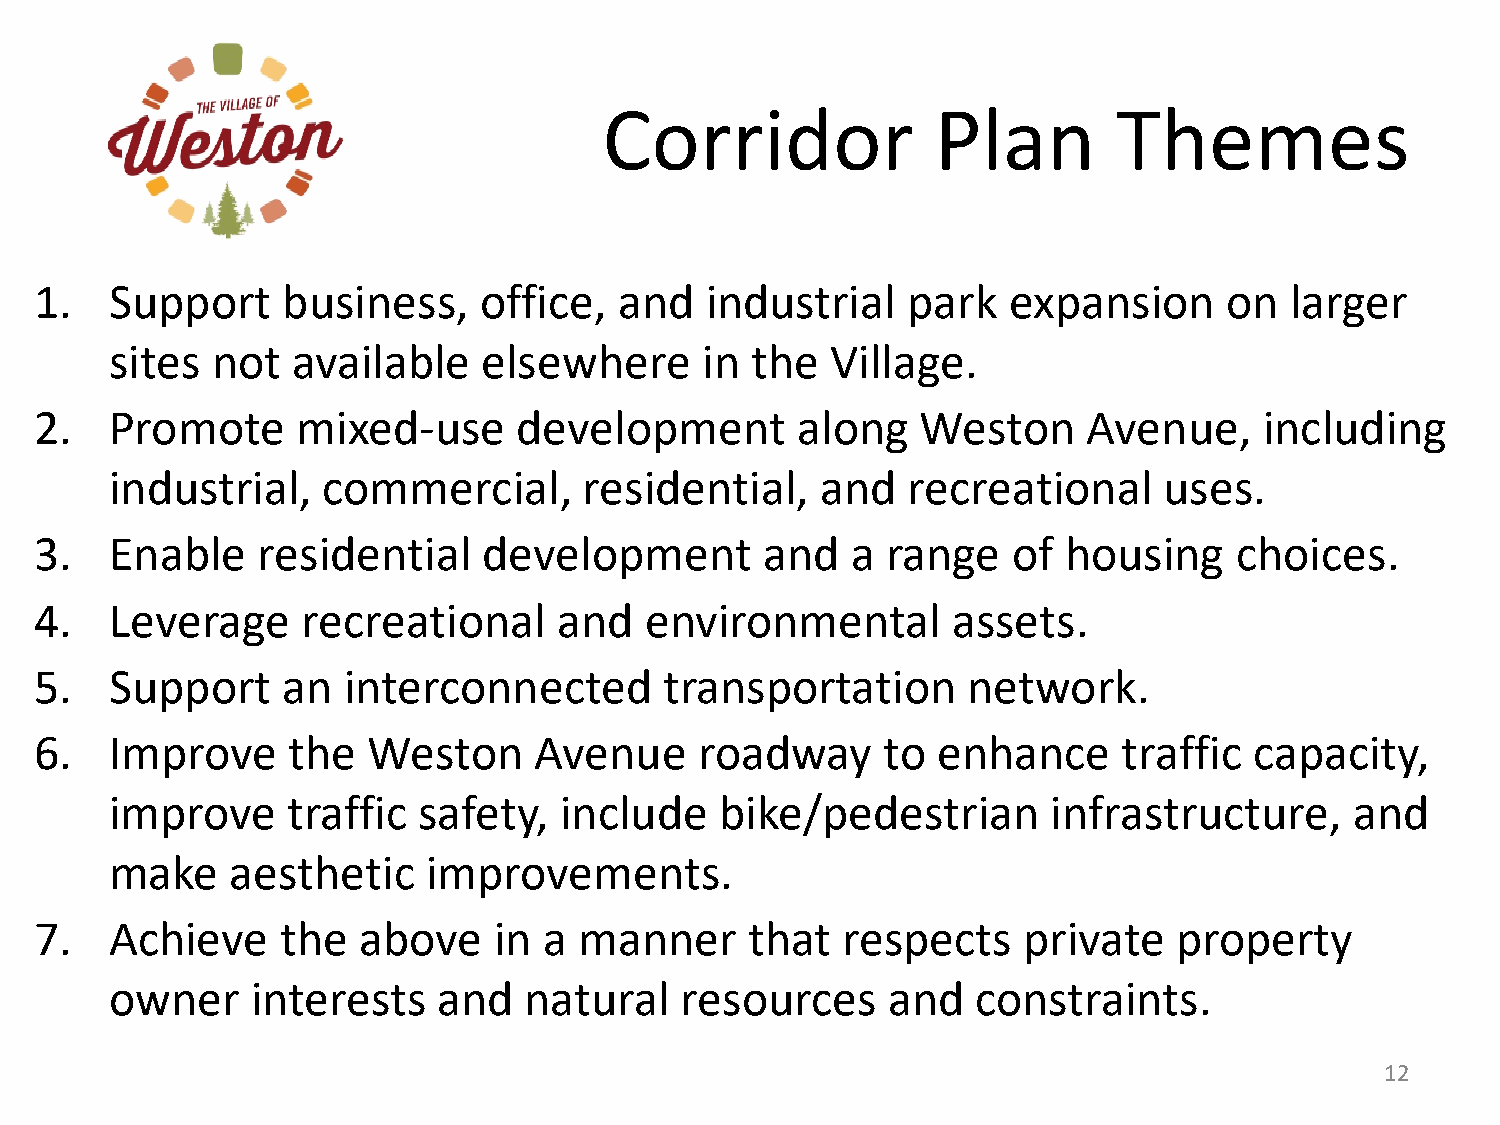
Corridor              Plan        Themes
 1.   Support     business,    office,  and   industrial   park   expansion     on  larger
 sites  not  available    elsewhere      in the  Village.
 2.   Promote      mixed-use     development        along   Weston     Avenue,     including
 industrial,   commercial,       residential,   and   recreational     uses.
 3.   Enable    residential    development        and  a  range   of housing     choices.
 4.   Leverage     recreational     and   environmental       assets.
 5.   Support     an  interconnected       transportation      network.
 6.   Improve     the  Weston     Avenue     roadway     to  enhance     traffic  capacity,
 improve     traffic  safety,  include    bike/pedestrian       infrastructure,     and
 make    aesthetic    improvements.
 7.   Achieve     the  above    in a manner      that  respects    private   property
 owner     interests   and   natural   resources     and   constraints.
 12